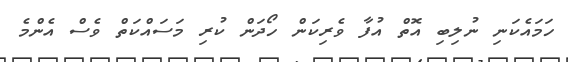
ހަމައެކަނި ނުލިބި އޮތް އުފާ ވެރިކަން ހޯދަން ކުރި މަސައްކަތް ވެސް އެންމެ